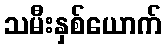
သမီးနှစ်ယောက်